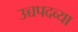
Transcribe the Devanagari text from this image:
उच्चपदव्या